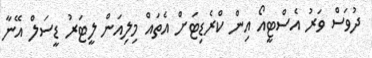
ދުވަސް ވަރު އެެސްޓީއޯ އިން ކްރެޑިޓަށް އެތައް މިލިއަން ލީޓަރު ޑީސަލް އޭނާ